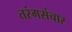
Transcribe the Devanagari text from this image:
तरंगसंचार